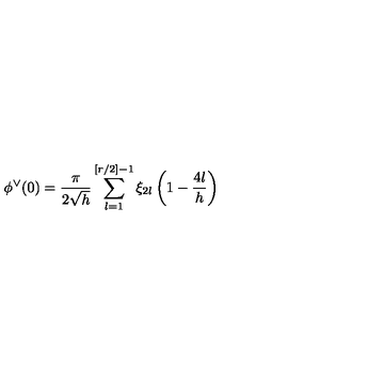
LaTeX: \phi ^ { \vee } ( 0 ) = \frac { \pi } { 2 \sqrt { h } } \sum _ { l = 1 } ^ { [ r / 2 ] - 1 } \xi _ { 2 l } \left( 1 - \frac { 4 l } { h } \right)